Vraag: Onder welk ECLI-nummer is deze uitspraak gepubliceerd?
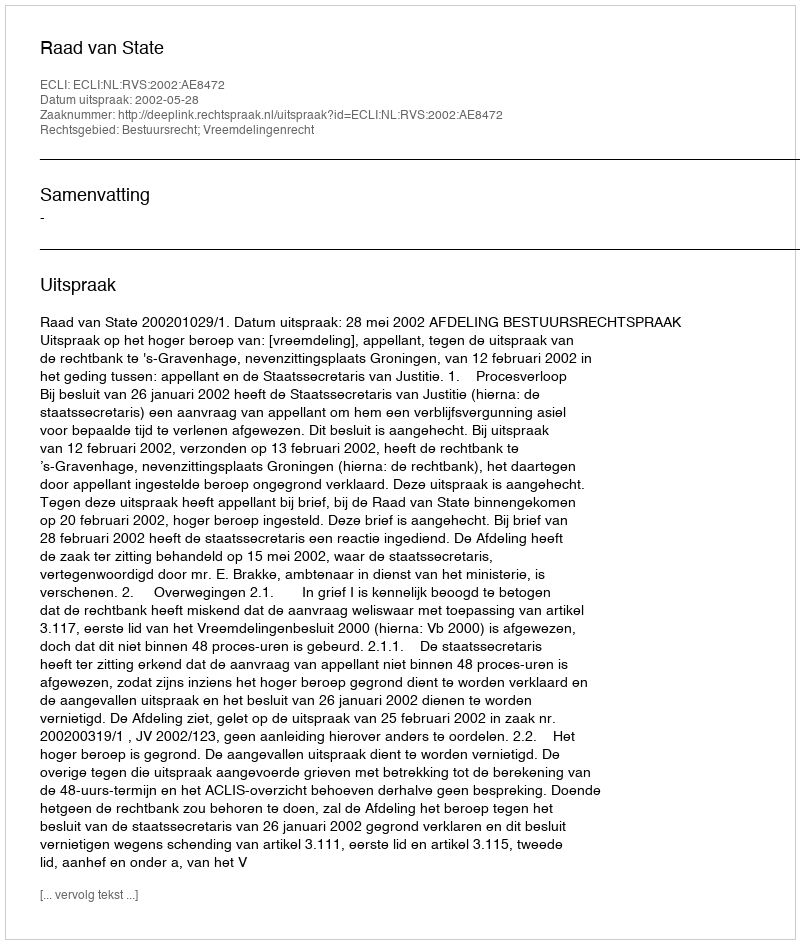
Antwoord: ECLI:NL:RVS:2002:AE8472